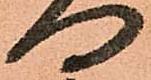
向